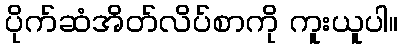
ပိုက်ဆံအိတ်လိပ်စာကို ကူးယူပါ။